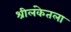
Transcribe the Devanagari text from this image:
श्रीलंकेतला